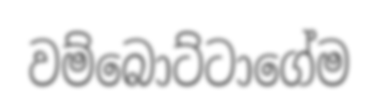
වම්බොට්ටාගේම